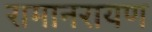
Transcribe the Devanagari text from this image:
रामानरायण